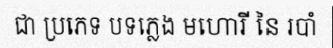
ជា ប្រភេទ បទភ្លេង មហោរី នៃ របាំ